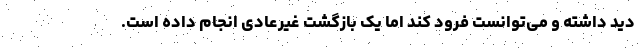
دید داشته و می‌توانست فرود کند اما یک بازگشت غیرعادی انجام داده است.